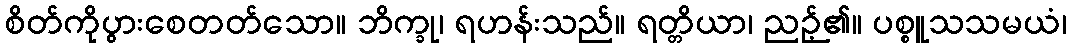
စိတ်ကိုပွားစေတတ်သော။ ဘိက္ခု၊ ရဟန်းသည်။ ရတ္တိယာ၊ ညဉ့်၏။ ပစ္စူသသမယံ၊